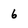
Character: 6